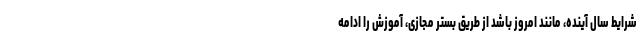
شرایط سال آینده، مانند امروز باشد از طریق بستر مجازی، آموزش را ادامه